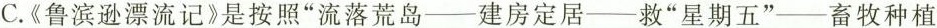
C.《鲁滨逊漂流记》是按照”流落荒岛——建房定居——救”星期五”——畜牧种植-——